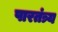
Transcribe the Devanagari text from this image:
पारतंत्र्य